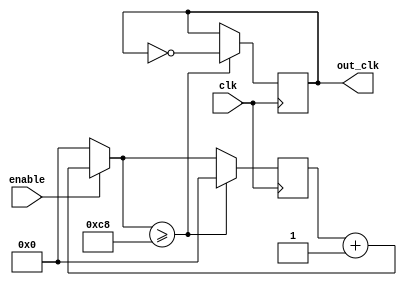
module clk_generator
	#(parameter CLK_PER_BIT=200) ( 
	    input wire clk,
	    input wire enable,
	    output reg out_clk);

    reg [30:0] cnt = 0;
    
	initial out_clk = 0;

    always @(posedge clk)
    begin

		if(enable == 1'b1) 
        		cnt = cnt + 1;
		else  
			cnt = 0;
		
		if(cnt >= CLK_PER_BIT)
		begin
			cnt = 0;
			out_clk = ~out_clk;
		end

    end    

endmodule